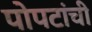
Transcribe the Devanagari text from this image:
पोपटांची